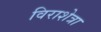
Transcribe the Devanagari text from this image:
विराशेत्रा